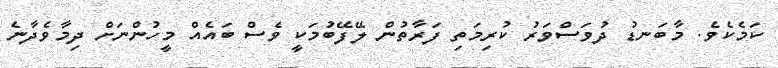
ކަމެކެވެ. މާބަނޑު ދުވަސްވަރު ކުރިމަތި ފަރާތުން ލޭފޭބުމަކީ ވެސް ބައެއް މީހުންނަށް ދިމާވެދާނެ